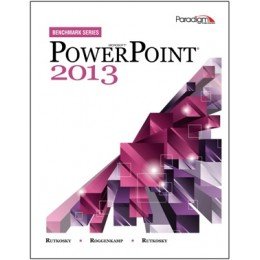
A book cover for Microsoft PowerPoint 2013 (Benchmark); Nita Rutkosky; Computers & Technology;